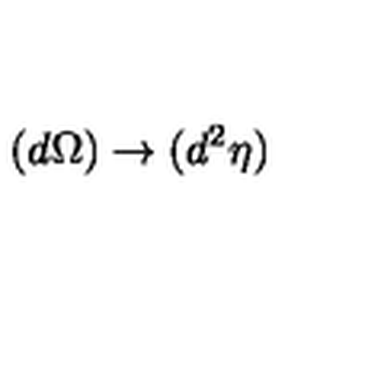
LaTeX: ( d \Omega ) \rightarrow ( d ^ { 2 } \eta )